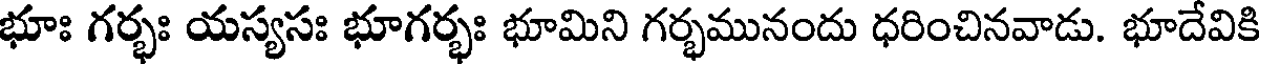
భూః గర్భః యస్యసః భూగర్భః భూమిని గర్భమునందు ధరించినవాడు. భూదేవికి